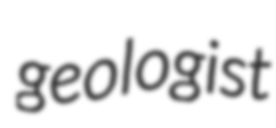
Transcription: geologist